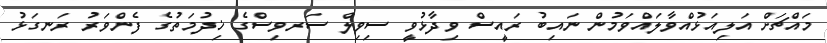
މައްޗަށް އަލިއަޅުއްވާލައްވަމުން ނައިބު ރައީސް ވިދާޅުވީ ސިވިލް ސަރވިސްގެ ޚިދުމަތުގެ ފެންވަރު ރަނގަޅު